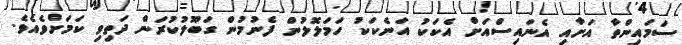
ސަމައިންތާ އަށާއި އެނައިސްއަށް އެކަކު އަނެކަކު ހަމަލޮލުން ފެނުމުން ގަބޫލުކުރަން ދަތިވި ކަމަށްވެއެވެ.